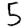
Digit: 5